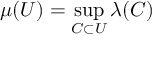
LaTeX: \mu ( U ) = \operatorname* { s u p } _ { C \subset U } \lambda ( C )